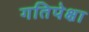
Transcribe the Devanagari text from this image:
गतिपेक्षा